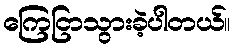
ကြေငြာသွားခဲ့ပါတယ်။